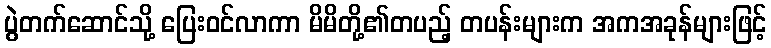
ပွဲတက်ဆောင်သို့ ပြေးဝင်လာကာ မိမိတို့၏တပည့် တပန်းများက အကအခုန်များဖြင့်